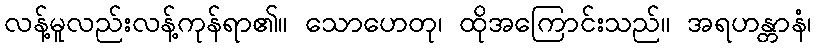
လန့်မူလည်းလန့်ကုန်ရာ၏။ သောဟေတု၊ ထိုအကြောင်းသည်။ အရဟန္တာနံ၊